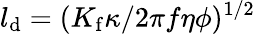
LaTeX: l_{\mathrm{d}}=(K_{\mathrm{f}}\kappa/2\pi f\eta\phi)^{1/2}